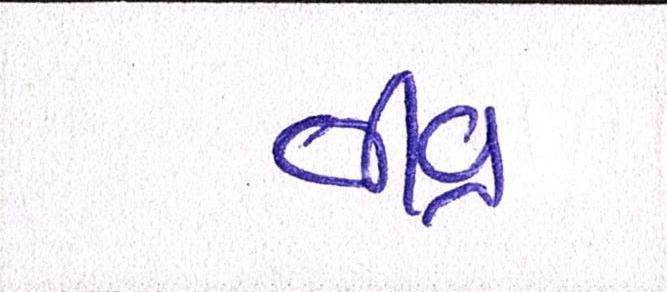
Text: તીવ્ર